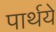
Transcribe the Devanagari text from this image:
पार्थये